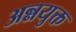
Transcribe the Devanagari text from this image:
अन्नयुक्त